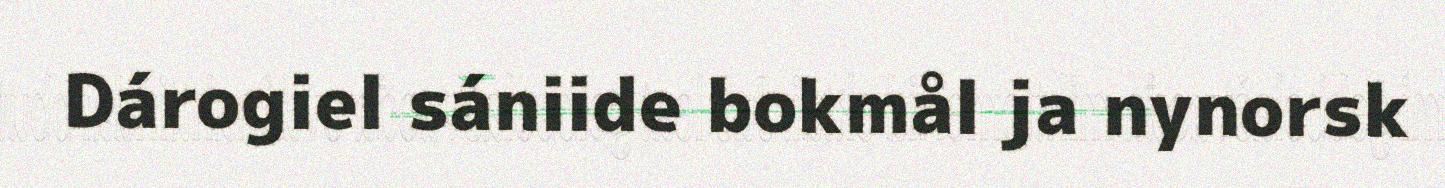
Dárogiel sániide bokmål ja nynorsk